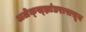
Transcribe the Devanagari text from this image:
अलेक्स्झांडरापासून